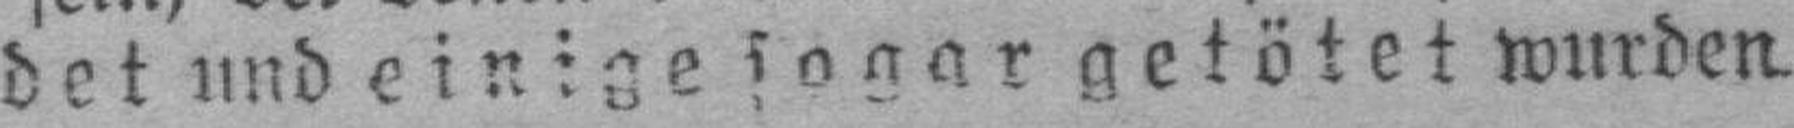
det und einige sogar getötet wurden.